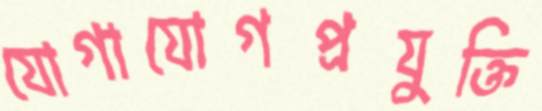
যোগাযোগপ্রযুক্তি